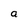
Character: a